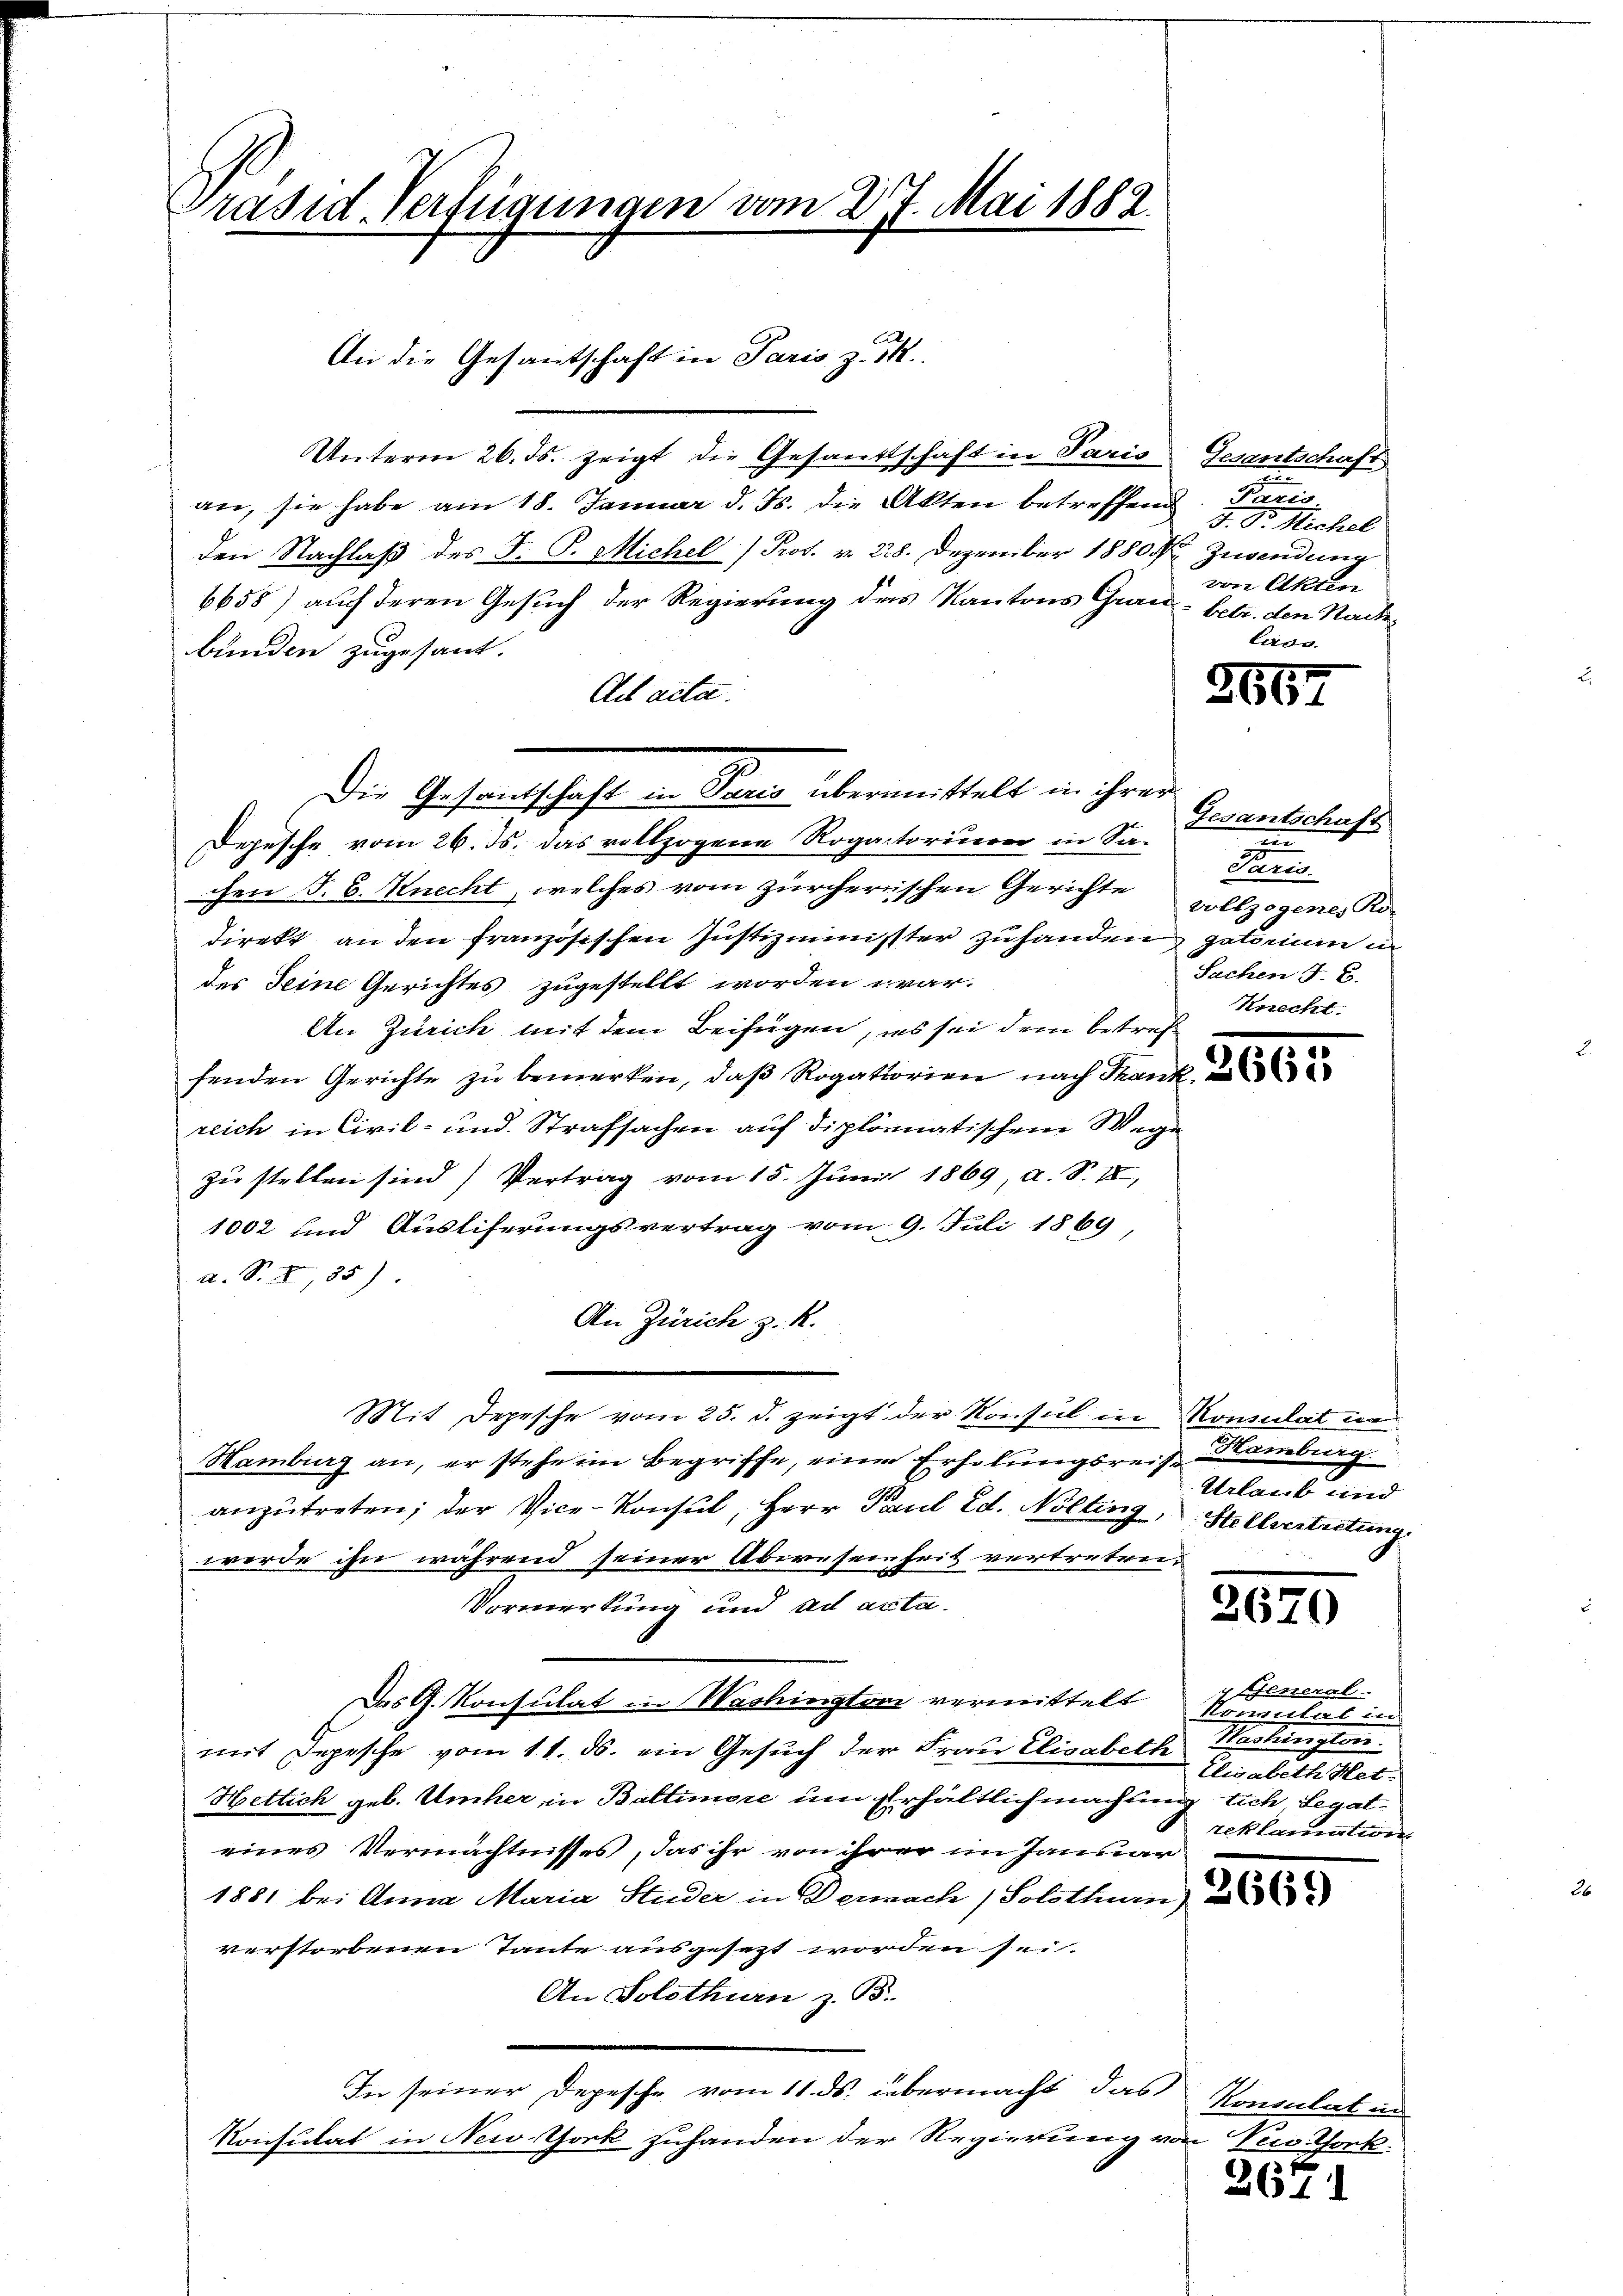
Präsid. Verfügungen vom 27. Mai 1882

Unterm 26. ds. zeigt die Gesandtschaft in Paris Gesantschaft
an, sie habe am 18. Januar d. Js. die Akten betreffend
den Nachlaß des F. P. Michel /Prot. v. 28. Dezember 1880 Zuwendung
6658) auch deren Gesuch der Regierung des Kantons Gran betr. den Nachbunden zugesandt.
Ad acta.
Depesche vom 26. ds. das vollzogene Rogatorium in Sa-
chen S. B. Knecht, welches vom zürcherischen Gerichte vollzogenes Ro-
direkt an den französischen Justizminister zu handen getorium in
des Seine Gerichtes zugestellt worden war.
An Zürich mit dem Beifügen, es sei dem betreffenden Gerichte zu bemerken, daß Rogatiorien nach Trank und
zeich in Civil- und Strafsachen auf diplomatischem Wege
zu stellen sind) Vertrag vom 15. Juni 1869 a. S. II,
1002 und Ausliferungsvertrag vom 9. Juli 1869
a. S. I, 85)
An Zürich z. R.
Mit Depesche vom 25. d. zeigt der Konsul in Konsulat in
Hamburg an, er stehe im Begriffe, eine Erholungsreit Hamburg
anzŭtreten; der Vice-Konsul, Herr Paul Ed. Nölting, Stellvertretung
werde ihn während seiner Abwesenheit vertretrei¬
Vormerkung und ad acta.
Das G. Konsulat in Washington vermittelt
mit Depesche vom 11. ds. ein Gesuch der Frau Elisabeth
Hetlich geb. Umher in Baltimore um Erhältlich machung tich, Legateines Vermächtnisses, das ihr von ihrer im Januar
1881 bei Anna Maria Studer in Dennach (Solothur
verstorbenen Tante ausgesezt worden sei.
An Solothurn z. B.
In seiner Depesche vom 11. ds. übermacht, das
Konsulat in New-York zuhanden der Regierung von New Chork

Die Gesantschaft in Paris übermittelt in ihrer

An die Gesantschaft in Paris z. B.

d
Paris.
3. Sr. Michel
von Akten
lado

2667

Gesantschaft
n
Paris.
Sachen J. C.
Knecht.

Urlaub und

2670

7. General-
Konulat in
Satingen.
Elisabeth Stel
 reklamation

2671

Konsulat in